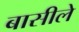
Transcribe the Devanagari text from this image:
बासीले